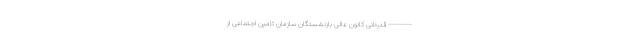
------------ قدردانی کانون عالی بازنشستگان سازمان تامین اجتماعی از